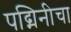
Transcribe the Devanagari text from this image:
पद्मिनीचा